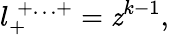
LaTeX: l_{+}^{\; +\ldots+}=\mathit{z}^{k-1},